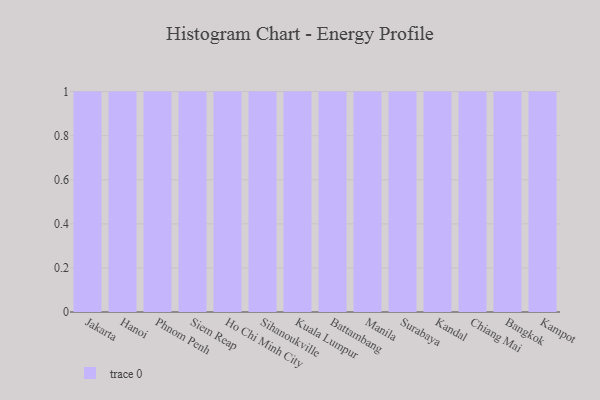
{"axis": {"x": "City", "y": "Latency (ms)"}, "legend": [""], "data": [{"x": "Jakarta", "y": 51, "type": ""}, {"x": "Hanoi", "y": 8, "type": ""}, {"x": "Phnom Penh", "y": 38, "type": ""}, {"x": "Siem Reap", "y": 29, "type": ""}, {"x": "Ho Chi Minh City", "y": 61, "type": ""}, {"x": "Sihanoukville", "y": 73, "type": ""}, {"x": "Kuala Lumpur", "y": 33, "type": ""}, {"x": "Battambang", "y": 100, "type": ""}, {"x": "Manila", "y": 33, "type": ""}, {"x": "Surabaya", "y": 7, "type": ""}, {"x": "Kandal", "y": 44, "type": ""}, {"x": "Chiang Mai", "y": 26, "type": ""}, {"x": "Bangkok", "y": 28, "type": ""}, {"x": "Kampot", "y": 36, "type": ""}]}